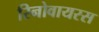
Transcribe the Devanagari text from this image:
रिनोवायरस